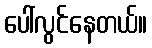
ပေါ်လွင်နေတယ်။